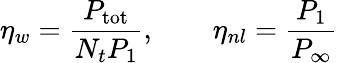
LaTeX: \eta_{w}=\frac{P_{\mathrm{tot}}}{N_{t}P_{1}},\qquad\eta_{nl}=\frac{P_{1}}{P_{\infty}}